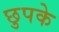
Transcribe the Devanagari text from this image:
छुपके